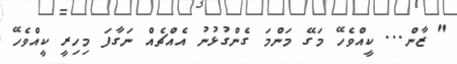
" ޒާން... ކީއްވެހޭ މަގޭ މަންމަ ގެންގުޅުނު އެއްޗެއް ނަގާފަ މިހިރީ ކީއްވެހޭ